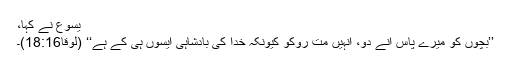
یسوع نے کہا،
’’بچوں کو میرے پاس آنے دو، اُنہیں مت روکو کیونکہ خُدا کی بادشاہی ایسوں ہی کے ہے‘‘ (لوقا18:16)۔